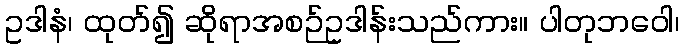
ဥဒါနံ၊ ထုတ်၍ ဆိုရာအစဉ်ဥဒါန်းသည်ကား။ ပါတုဘဝေါ၊